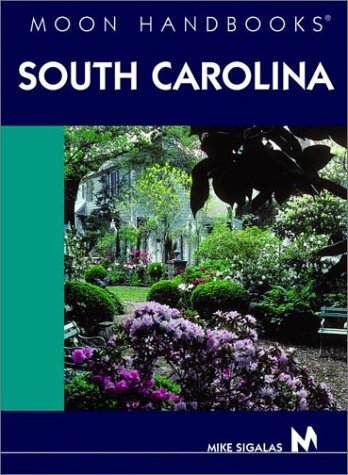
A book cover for Moon Handbooks South Carolina; Mike Sigalas; Travel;